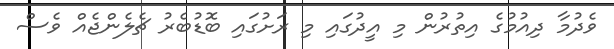
ވެދުމާ ދިއުމުގެ އިތުރުން މި އީދުގައި މި ރަށުގައި ބޮޑުބެރު ޗެލެންޖެއް ވެސް